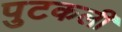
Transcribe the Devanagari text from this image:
पुटकली